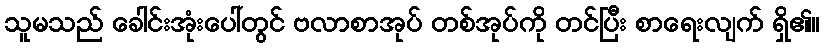
သူမသည် ခေါင်းအုံးပေါ်တွင် ဗလာစာအုပ် တစ်အုပ်ကို တင်ပြီး စာရေးလျက် ရှိ၏။